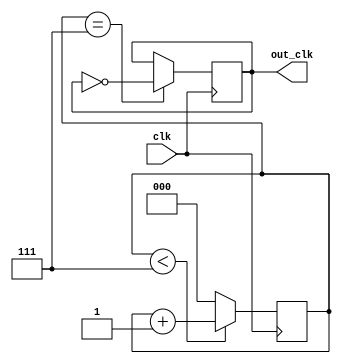
module ripple_counter_clock_divider(
    input wire clk,
    output reg out_clk
);

parameter DIV_FACTOR = 8;
reg [2:0] count;

always @(posedge clk) begin
    if (count < DIV_FACTOR - 1) begin
        count <= count + 1;
    end else begin
        count <= 0;
    end
end

always @(posedge clk) begin
    if (count == DIV_FACTOR - 1) begin
        out_clk <= ~out_clk;
    end
end

endmodule